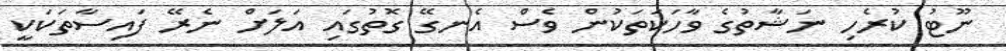
ނޫޓު ކުރެހި ނަޝާތުގެ ވާހަކަތަކުން ވެސް އެނގޭ ގޮތުގައި އަލަށް ނެރޭ ފައިސާތަކަކީ